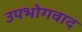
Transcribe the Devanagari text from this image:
उपभोगवाद